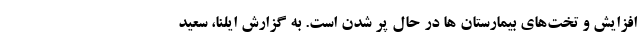
افزایش و تخت‌های بیمارستان ها در حال پر شدن است. به گزارش ایلنا، سعید